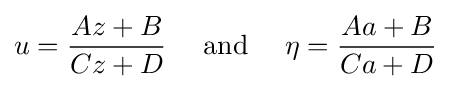
u={\frac {Az+B}{Cz+D}}\quad {\text{ and }}\quad \eta ={\frac {Aa+B}{Ca+D}}